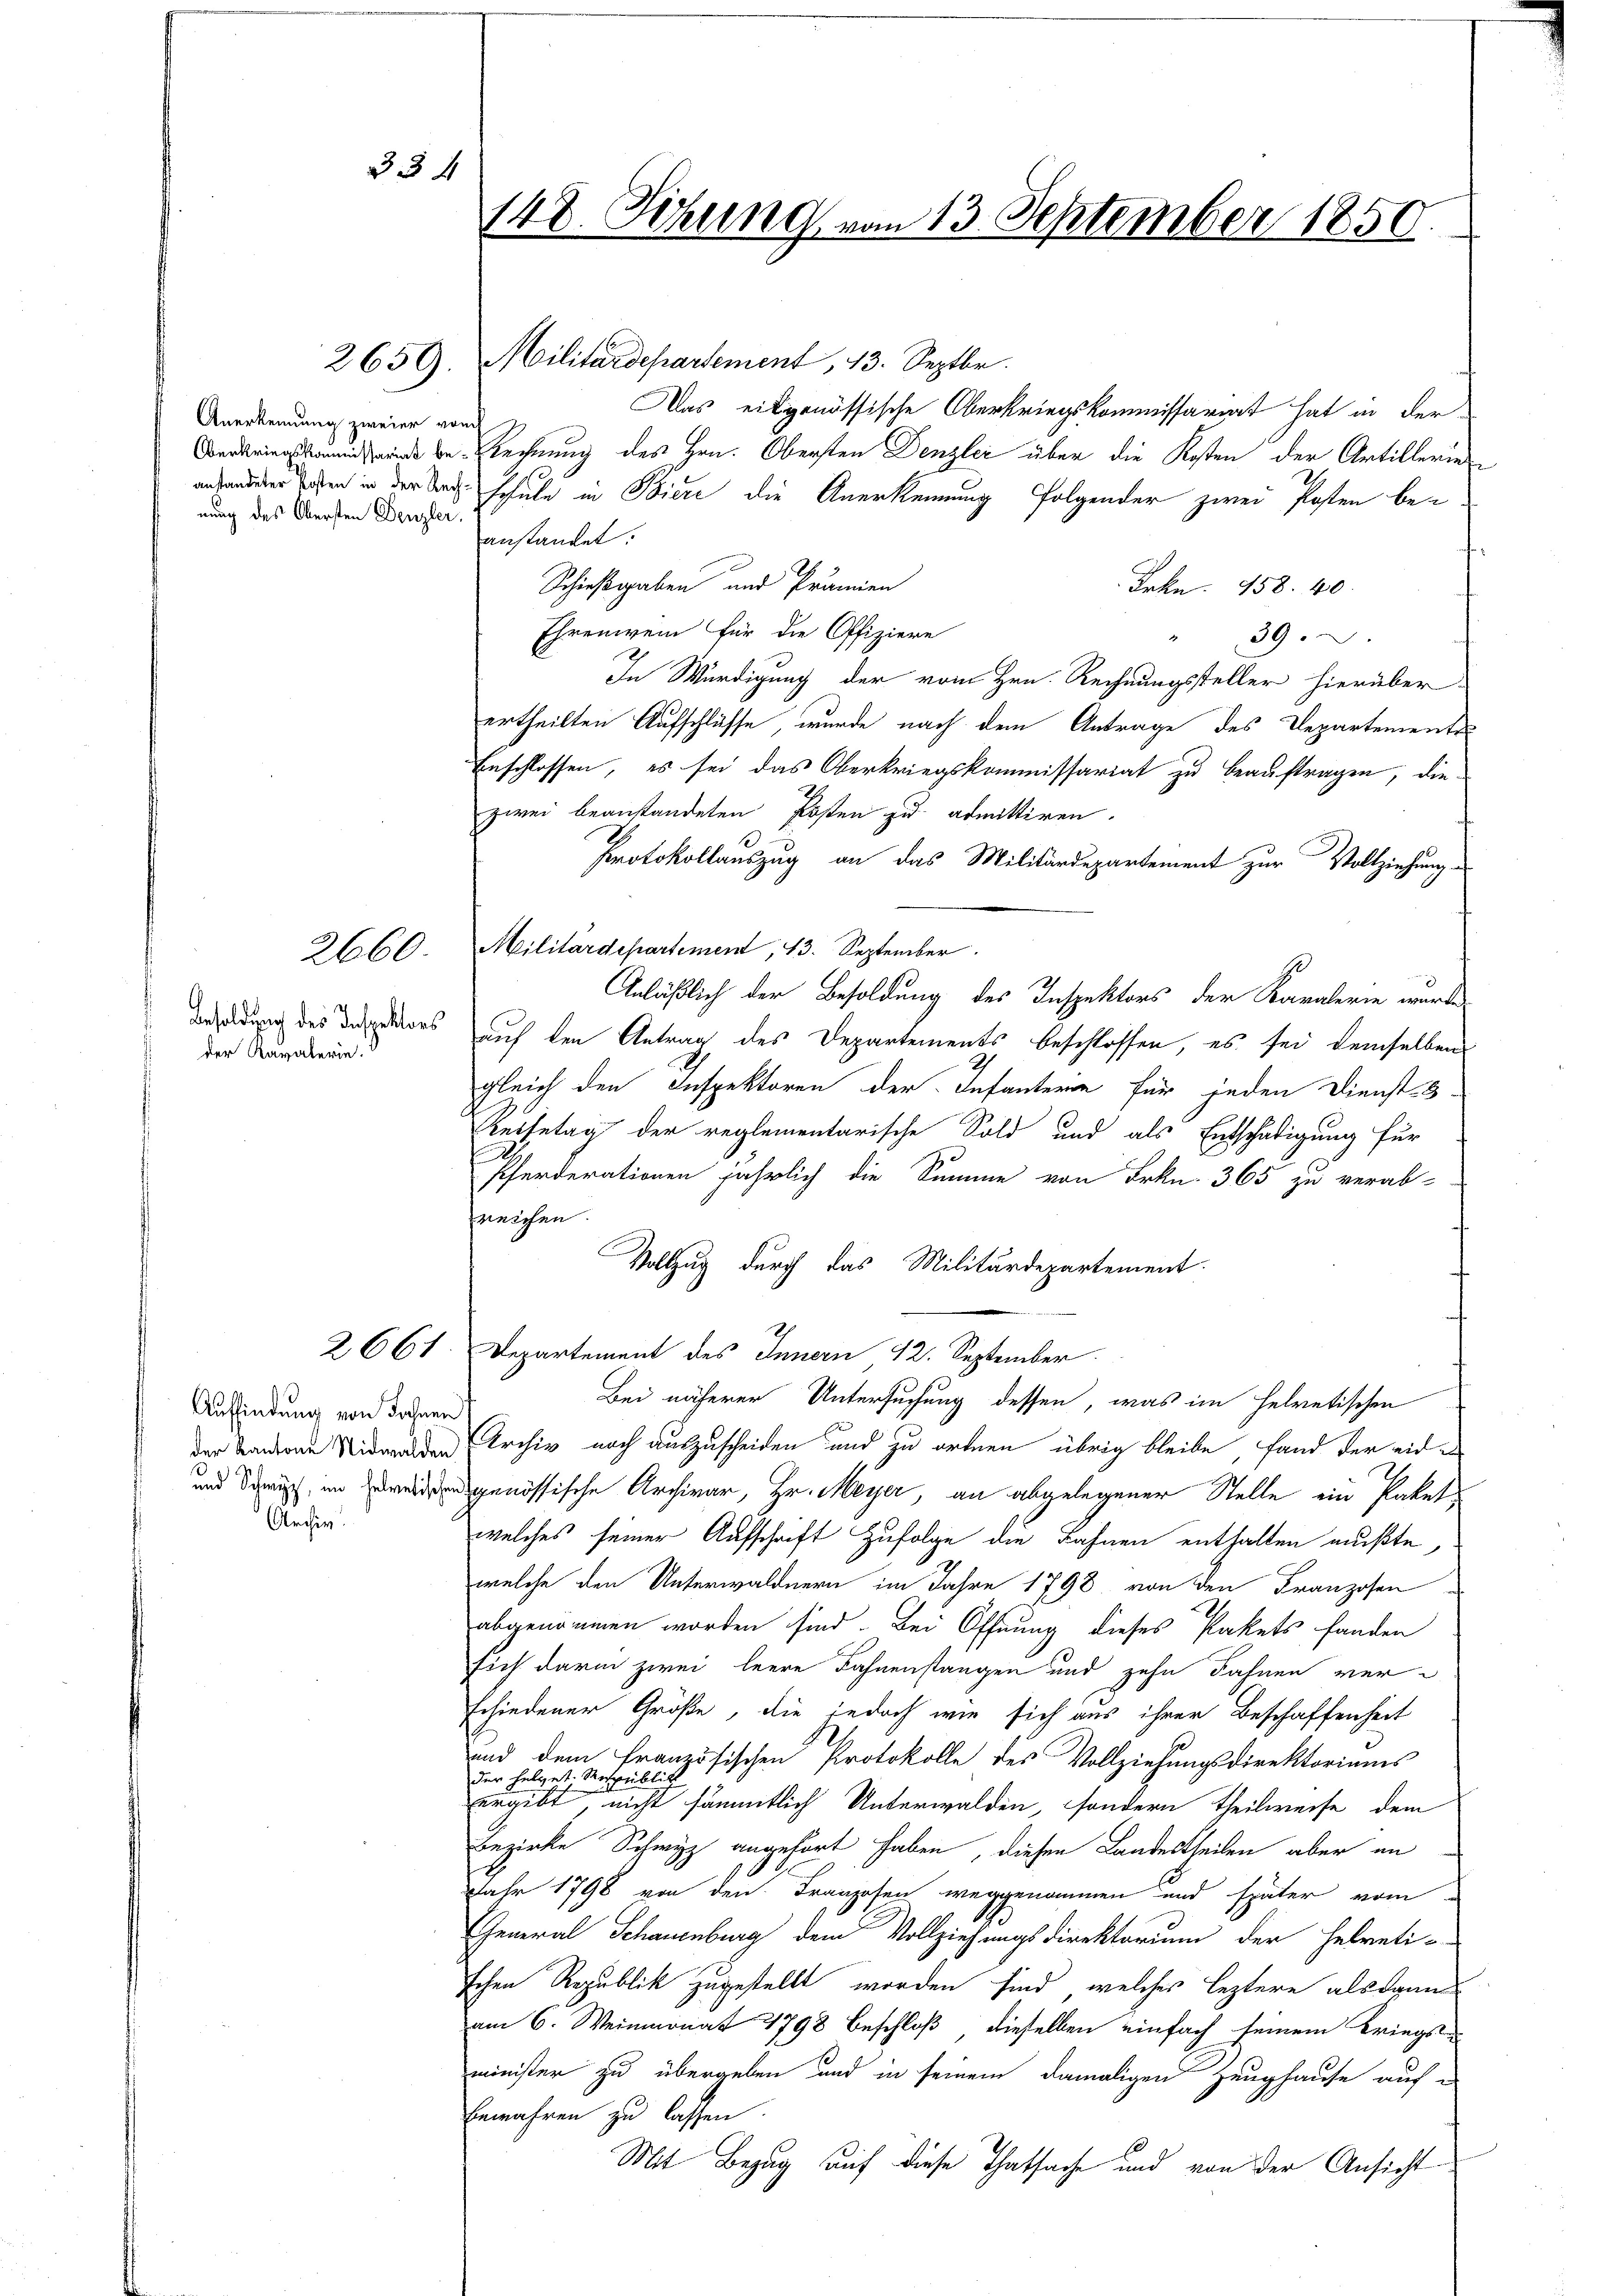
334

Anerkennung zweier vom
nung des Obersten Denzler.

2660

der Kavalerin.

Auffindung von Sohnen
.
e
Aufin

148. Setzung vom 13. September 1850.

2650. Militärdepartement, 13. Septbr.
Das eidgenössische Oberkriegskommissariat hat in der
be Rechnung des Hrn. Obersten Denzlei über die Kosten der Artillerie
anstanderer Toten in der Nach schule in Biere die Anerkennung folgender zwei Posten beanstandet.
Schießgaben und Prämien
Frkn. 158. 40.
Ehrenwein für die Offiziere
" 39.
In Würdigung der vom Hrn. Rechnungsteller hierüber
ertheilten Aufschlüsse, wurde nach dem Antrage des Departemente
Beschlossen, es sei das Oberkriegskommissariat zu beauftragen, diezwei beanstandeten Posten zu admittiren.
Protokollauszug an das Militärdepartement zur Vollziehung u
Militärdepartement, 13. September.
Anläßlich der Besoldung des Inspektors der Kanalerie wurde
bredung des Inspers auf den Antrag des Departements beschlossen, es sei demselben
gleich den Inspektoren der Infanterie für jeden Dienst-
Reisetag der reglementarische Sold und als Entschädigung für
Pferderationen jährlich die Summe von Frkn. 365 zu verab-
reichen.
Vollzug durch das Militärdepartement.
2661. Departement des Innern 12. September
Bei näherer Untersuchung dessen, was im helvetischen
der Kanton Wider Archiv noch auszuscheiden und zu ordnen übrig bleibe, fand der eide
und Dich in densgenössische Archivar, Hr. Meyer, an abgelegener Stelle ein Paket,
welches seiner Aufschrift zufolge die Bahnen enthalten mußte,
welche den Unterwaldnern im Jahre 1798. von den Franzosen
abgenommen worden sind. Bei Öffnung dieses Pakets fanden
sich darin zwei leere Fahnenstangen und zehn Fahnen verschiedener Größe, die jedoch wie sich aus ihrer Beschaffenheit
und dem französischen Protokolle des Vollziehungsdirektoriums
der helvet. Republik
ergibt nicht sämmtlich Unterwalden, sondern theilweise dem
Bezirke Schwyz angehört haben, diesen Landestheilen aber an
Jahr 1798 von den Franzosen weggenommen und später vom
General Schauenburg dem Vollziehungsdirektorium der Helveti-
schen Republik zugestellt worden sind, welches leztere als dann
am 6. Weinmonat 1798 beschloß, dieselben einfach seinem Kriegsminister zu übergeben und in seinem damaligen Zeughause auf
bewahren zu lassen.
Mit Bezug auf diese Thatsache und von der Ansicht